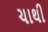
ચાથી